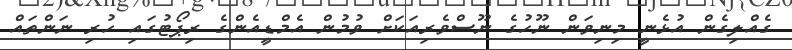
ގެއްލިގެން އުޅެނީ މިނިވަން ނޫހުގެ ނޫސްވެރިއަކަށް ވުމުން އެމްޑީއެންގެ ރިޕޯޓުގައި ހުރި ނަންތައް